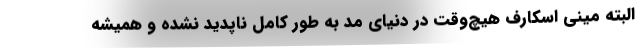
البته مینی اسکارف هیچ‌وقت در دنیای مد به طور کامل ناپدید نشده و همیشه